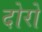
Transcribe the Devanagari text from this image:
दोरों